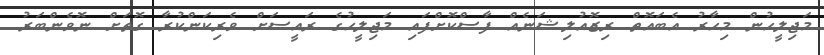
މަޖިލީހުން މިހާރު އެބައޮތް ރިޒޮއުލިޝަނެއް ފާސްކޮށްފައި މަޖިލީހުގެ ރައީސަށް ވެރިކަންކުރާ ގޮތަށް ނޮވެންބަރު